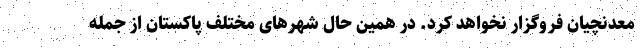
معدنچیان فروگزار نخواهد کرد. در همین حال شهرهای مختلف پاکستان از جمله